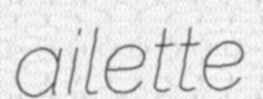
ailette